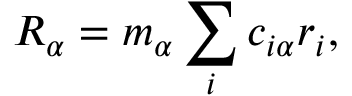
R _ { \alpha } = m _ { \alpha } \sum _ { i } c _ { i \alpha } r _ { i } ,